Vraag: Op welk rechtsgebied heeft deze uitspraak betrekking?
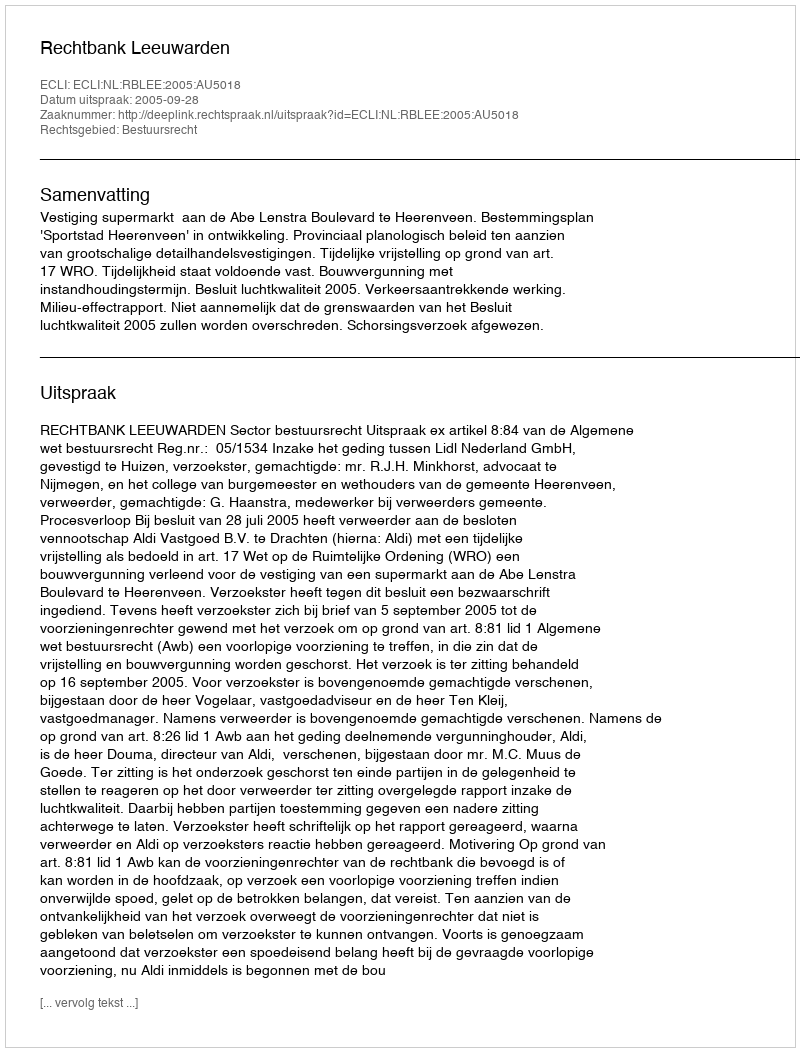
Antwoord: Bestuursrecht